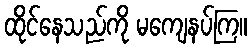
ထိုင်နေသည်ကို မကျေနပ်ကြ။